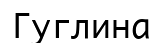
Гуглина